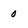
Character: 0